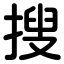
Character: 搜